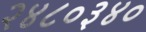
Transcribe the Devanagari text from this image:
२४८०३४०